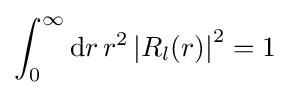
\int _{0}^{\infty }\mathrm {d} r\,r^{2}\left|R_{l}(r)\right|^{2}=1